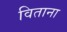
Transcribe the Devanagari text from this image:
विताना